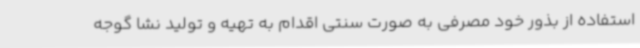
استفاده از بذور خود مصرفی به صورت سنتی اقدام به تهیه و تولید نشا گوجه